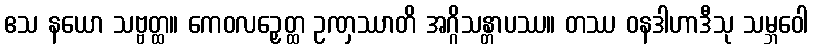
ဧသ နယော သဗ္ဗတ္ထ။ ကေဝလဉှေတ္ထ ဥဏှဿာတိ အဂ္ဂိသန္တာပဿ။ တဿ ဝနဒါဟာဒီသု သမ္ဘဝေါ